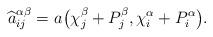
LaTeX: \begin{align*}\widehat a_{ij}^{\alpha\beta}=a_{} \big(\chi_j^\beta+P_j^\beta, \chi_i^\alpha+P_i^\alpha\big).\end{align*}